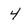
Character: 4